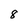
Character: 8